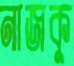
নাজকু